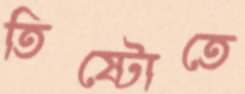
তিষ্টোতে